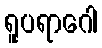
ရူပရာဂေါ